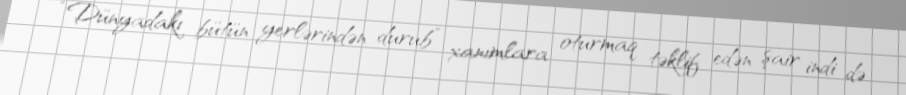
“Dünyadakı bütün yerlərindən durub” xanımlara oturmaq təklif edən şair indi də